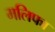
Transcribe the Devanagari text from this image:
मलिफा